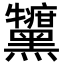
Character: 𪒷